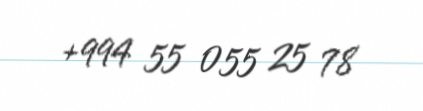
+994 55 055 25 78